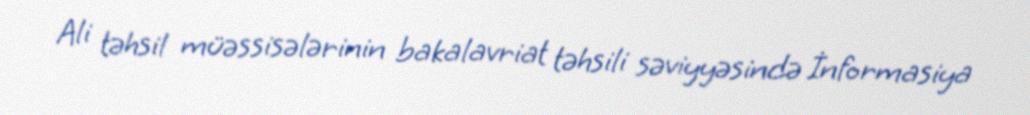
Ali təhsil müəssisələrinin bakalavriat təhsili səviyyəsində İnformasiya